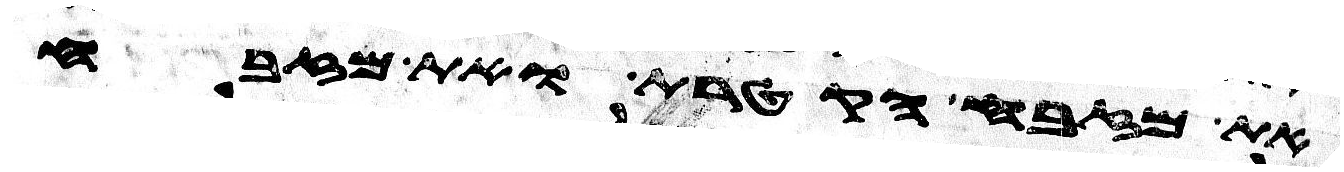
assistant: את מזבח הקטרת ואת מזבח